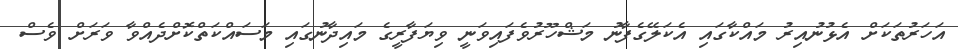
އަހަރުތަކަށް އެޅުނުއިރު މައްކާގައި އެކަލޭގެފާނު މަޝްހޫރުވެފައިވަނީ ވިޔަފާރީގެ މައިދާނުގައި މަސައްކަތްކޮށްދެއްވާ ވަރަށް ވެސް